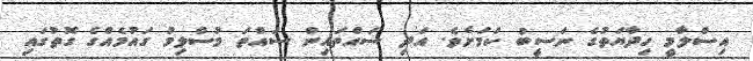
އިސްލާމީ ހިދާޔަތުގެ ނަސީބު ކަމަށެވެ. އަދި ސައްތައިން ސައްތަ މުސްލިމު ގައުމެއްގެ ގޮތުގައި